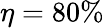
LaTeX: \eta=80\%